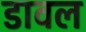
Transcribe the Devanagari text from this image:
डावल